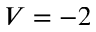
V = - 2